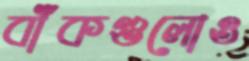
বাঁকগুলোও